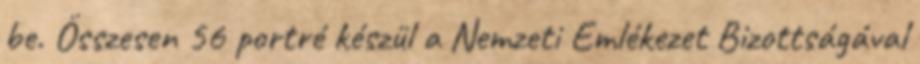
be. Összesen 56 portré készül a Nemzeti Emlékezet Bizottságával